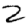
Digit: 2